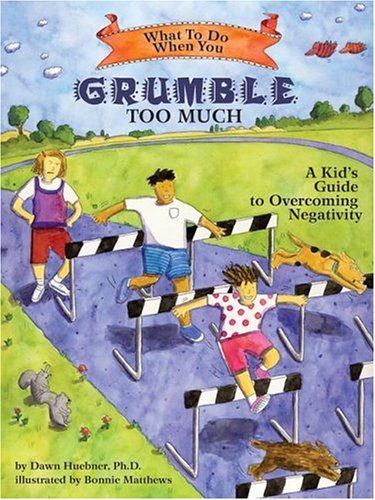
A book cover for What to Do When You Grumble Too Much: A Kid's Guide to Overcoming Negativity (What to Do Guides for Kids); Dawn Huebner; Medical Books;